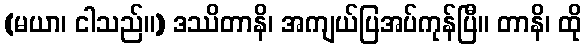
(မယာ၊ ငါသည်။) ဒဿိတာနိ၊ အကျယ်ပြအပ်ကုန်ပြီ။ တာနိ၊ ထို